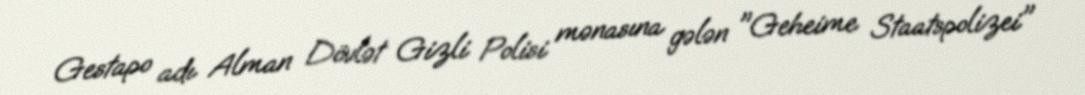
Gestapo adı Alman Dövlət Gizli Polisi mənasına gələn "Geheime Staatspolizei"